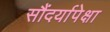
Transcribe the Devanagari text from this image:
सौंदर्यापेक्षा